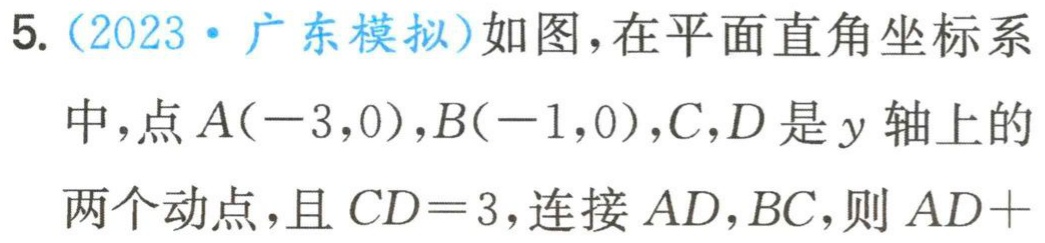
5. (2023·广东模拟)如图，在平面直角坐标系中，点\(A(-3,0)\)，\(B(-1,0)\)，\(C,D\)是\(y\)轴上的两个动点，且\(CD = 3\)，连接\(AD,BC\)，则\(AD +\)